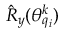
\hat { R } _ { y } ( \theta _ { q _ { i } } ^ { k } )